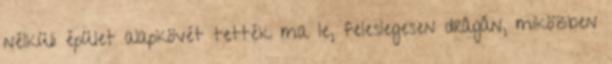
nélküli épület alapkövét tették ma le, feleslegesen drágán, miközben